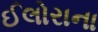
ઈલોરાના